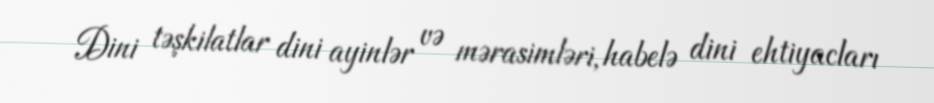
Dini təşkilatlar dini ayinlər və mərasimləri, habelə dini ehtiyacları